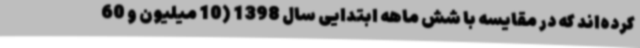
کرده‌اند که در مقایسه با شش ماهه ابتدایی سال 1398 (10 میلیون و 60